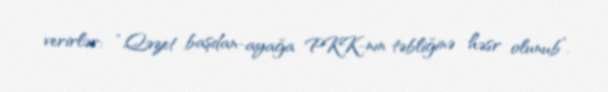
verirlər: “Qəzet başdan-ayağa PKK-nın təbliğinə həsr olunub”.